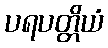
ပရပတ္တိယံ